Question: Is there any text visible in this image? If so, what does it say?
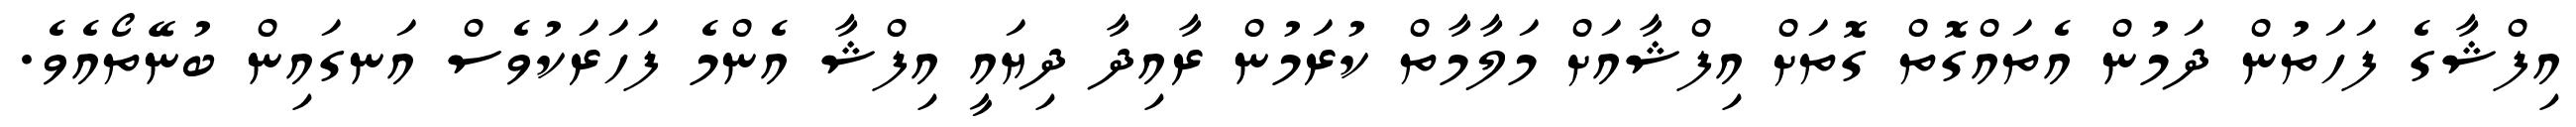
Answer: އިފްޝާގެ ފަހަތުން ދަމުން އެތައްގޮތް ގޮތަށް އިފްޝާއަށް މަލާމާތް ކުރަމުން ރާއިދާ ދިޔައީ އިފްޝާ އެންމެ ފަހަރަކުވެސް އަނގައިން ބުނޭތޯއެވެ.